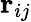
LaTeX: \mathbf{r}_{ij}